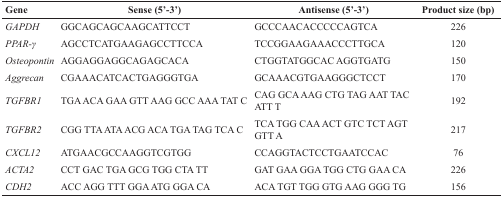
| Gene | Sense (5′-3′) | Antisense (5′-3′) | Product size (bp) |
 | --- | --- | --- | --- |
 | GAPDH | GGCAGCAGCAAGCATTCCT | GCCCAACACCCCCAGTCA | 226 |
 | PPAR-γ | AGCCTCATGAAGAGCCTTCCA | TCCGGAAGAAACCCTTGCA | 120 |
 | Osteopontin | AGGAGGAGGCAGAGCACA | CTGGTATGGCAC AGGTGATG | 150 |
 | Aggrecan | CGAAACATCACTGAGGGTGA | GCAAACGTGAAGGGCTCCT | 170 |
 | TGFBR1 | TGA ACA GAA GTT AAG GCC AAA TAT C | CAG GCA AAG CTG TAG AAT TAC ATT T | 192 |
 | TGFBR2 | CGG TTA ATA ACG ACA TGA TAG TCA C | TCA TGG CAA ACT GTC TCT AGT GTT A | 217 |
 | CXCL12 | ATGAACGCCAAGGTCGTGG | CCAGGTACTCCTGAATCCAC | 76 |
 | ACTA2 | CCT GAC TGA GCG TGG CTA TT | GAT GAA GGA TGG CTG GAA CA | 226 |
 | CDH2 | ACC AGG TTT GGA ATG GGA CA | ACA TGT TGG GTG AAG GGG TG | 156 |